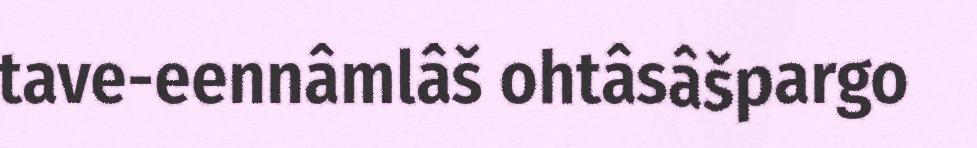
tave-eennâmlâš ohtâsâšpargo